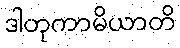
ဒါတုကာမိယာတိ